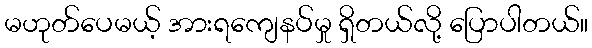
မဟုတ်ပေမယ့် အားရကျေနပ်မှု ရှိတယ်လို့ ပြောပါတယ်။